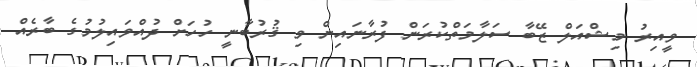
ވީއިރު މިޝްއަލް ޒޭބާ ސަލާމަތްކުރަން ފުރާނައިން ވި ޤުރުބާނީ ހުހަށް ދުއްވައިލުމުގެ ބާރެއް